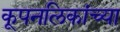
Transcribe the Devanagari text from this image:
कूपनलिकांच्या